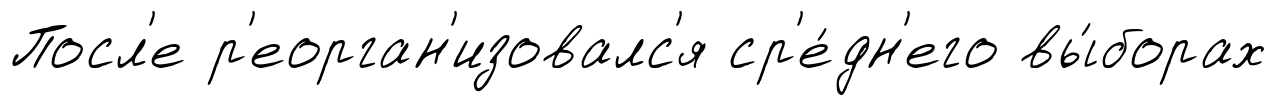
Посл'е р'еорган'изовалс'я ср'е́дн'его вы́борах